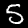
Digit: 5